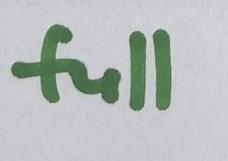
full